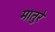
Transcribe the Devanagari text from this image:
मातुरे